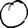
Digit: 0